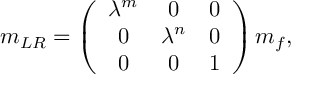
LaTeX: m _ { L R } = \left( \begin{array} { c c c } { { \lambda ^ { m } } } & { { 0 } } & { { 0 } } \\ { { 0 } } & { { \lambda ^ { n } } } & { { 0 } } \\ { { 0 } } & { { 0 } } & { { 1 } } \end{array} \right) m _ { f } ,